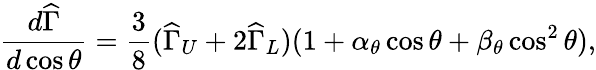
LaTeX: \frac{d\widehat{\Gamma}}{d\cos\theta}=\frac{3}{8}(\widehat{\Gamma}_{U}+2\widehat{\Gamma}_{L})(1+\alpha_{\theta}\cos\theta+\beta_{\theta}\cos^{2}\theta),